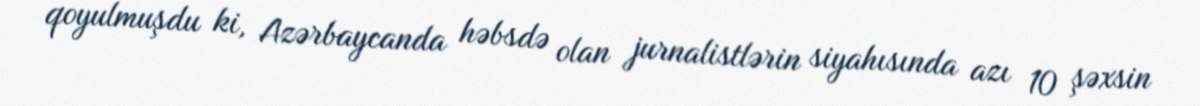
qoyulmuşdu ki, Azərbaycanda həbsdə olan jurnalistlərin siyahısında azı 10 şəxsin